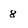
Character: 8